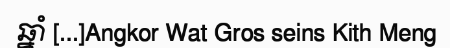
ឆ្នាំ [...]Angkor Wat Gros seins Kith Meng